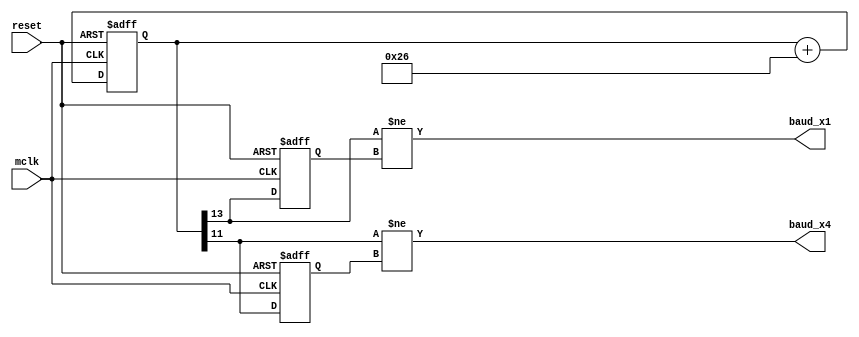
//generates 115200 from master clock
// 16e6/(8192/59) =  115234.37500
// 12e6/(8192/79) =  115722.65625
// 25e6/(8192/38) =  115966.79
module uart_clk(mclk, reset, baud_x1, baud_x4);

   input        mclk, reset;
   output       baud_x1, baud_x4;

   reg [13:0]    cnt;//up to 8192*2 + 1 bit overflow
   
   reg prev_x1, prev_x4;
   assign baud_x1 = cnt[13] != prev_x1;
   assign baud_x4 = cnt[11] != prev_x4;
   
   always @(posedge mclk or posedge reset)
   begin
     if (reset) begin
        cnt <= 0;
        prev_x1 <= 0;
        prev_x4 <= 0;
     end
     else begin
  `ifdef SIM
        cnt <= cnt + 38*10; // fast uart clk for sim
  `else
	    cnt <= cnt + 38;
  `endif
        prev_x1 <= cnt[13];
        prev_x4 <= cnt[11];
     end
   end
endmodule

/*
 * Byte transmitter, RS-232 8-N-1
 *
 * Transmits on 'serial'. When 'ready' goes high, we can accept another byte.
 * It should be supplied on 'data' with a pulse on 'data_strobe'.
 */

module uart_tx(
        input mclk,
        input reset,
        input baud_x1,
        output serial,
        output reg ready,
        input [7:0] data,
        input data_strobe
);

   /*
    * Left-to-right shift register.
    * Loaded with data, start bit, and 2 stop bits.
    *
    * The stop bit doubles as a flag to tell us whether data has been
    * loaded; we initialize the whole shift register to zero on reset,
    * and when the register goes zero again, it's ready for more data.
    */
   reg [7+1+2:0]   shiftreg;

   /*
    * Serial output register. This is like an extension of the
    * shift register, but we never load it separately. This gives
    * us one bit period of latency to prepare the next byte.
    *
    * This register is inverted, so we can give it a reset value
    * of zero and still keep the 'serial' output high when idle.
    */
   reg         serial_r;
   assign      serial = !serial_r;

   //assign      ready = (shiftreg == 0);

   /*
    * State machine
    */

   always @(posedge mclk)
     if (reset) begin
        shiftreg <= 0;
        serial_r <= 0;
     end
     else if (data_strobe) begin
        shiftreg <= {
            1'b1, // stop bit
            1'b1, // stop bit
            data,
            1'b0  // start bit (inverted)
         };
         ready <= 0;
     end
     else if (baud_x1) begin
         if (shiftreg == 0)
         begin
            /* Idle state is idle high, serial_r is inverted */
            serial_r <= 0;
            ready <= 1;
         end else
            serial_r <= !shiftreg[0];
            // shift the output register down
            shiftreg <= {1'b0, shiftreg[7+1+1:1]};
    end else
            ready <= (shiftreg == 0);

endmodule


module uart_tx_uint32_bcd(
        input mclk,
        input reset,
        input baud_x1,
        output serial,
        output reg ready,
        input [31:0] data,
        input data_strobe
);

   reg [2:0] digit_num;
   reg [3:0] curr_digit;
   reg [35:0] reg_data;
   reg digit_strobe;
   reg data_strobe_;
   wire digit_ready;

   uart_tx utx ( .mclk(mclk), .reset(reset),
               .baud_x1(baud_x1),
               .serial(serial),
               .ready(digit_ready),
               .data( {4'h3, curr_digit[3:0]}),
               .data_strobe(digit_strobe) );
   
   always @(posedge mclk) begin
      if (reset) begin
         digit_num <= 3'b111;
         digit_strobe <= 0;
         ready <= 1;
      end else begin
         if (baud_x1) begin
            if (ready && digit_ready && data_strobe && !data_strobe_) begin
               ready <= 0;
               digit_num <= 3'b111;
               reg_data <= {data, 4'hb};
               digit_strobe <= 1; // send digit
            end else if (!ready && digit_ready) begin
               if (digit_num==3'b000) begin
                  digit_num <= 3'b111;
                  ready <= 1;  // seq finished
               end else begin
                  digit_num <= digit_num - 1;
                  digit_strobe <= 1; // send digit
               end
            end else begin
               digit_strobe <= 0;
            end
         end 
         curr_digit <= reg_data[(digit_num * 4) +:4];
      end
      data_strobe_ <= data_strobe;
   end

endmodule

/*
 * Byte receiver, RS-232 8-N-1
 *
 * Receives on 'serial'. When a properly framed byte is
 * received, 'data_strobe' pulses while the byte is on 'data'.
 *
 * Error bytes are ignored.
 */

module uart_rx(mclk, reset, baud_x4,
                      serial, data, data_strobe);

   input        mclk, reset, baud_x4, serial;
   output [7:0] data;
   output       data_strobe;

   /*
    * Synchronize the serial input to this clock domain
    */
   wire         serial_sync;
   d_flipflop_pair input_dff(mclk, reset, serial, serial_sync);

   /*
    * State machine: Four clocks per bit, 10 total bits.
    */
   reg [8:0]    shiftreg;
   reg [5:0]    state;
   reg          data_strobe;
   wire [3:0]   bit_count = state[5:2];
   wire [1:0]   bit_phase = state[1:0];

   wire         sampling_phase = (bit_phase == 1);
   wire         start_bit = (bit_count == 0 && sampling_phase);
   wire         stop_bit = (bit_count == 9 && sampling_phase);

   wire         waiting_for_start = (state == 0 && serial_sync == 1);

   wire         error = ( (start_bit && serial_sync == 1) ||
                          (stop_bit && serial_sync == 0) );

   assign       data = shiftreg[7:0];

   always @(posedge mclk or posedge reset)
     if (reset) begin
        state <= 0;
        data_strobe <= 0;
     end
     else if (baud_x4) begin

        if (waiting_for_start || error || stop_bit)
          state <= 0;
        else
          state <= state + 1;

        if (bit_phase == 1)
          shiftreg <= { serial_sync, shiftreg[8:1] };

        data_strobe <= stop_bit && !error;

     end
     else begin
        data_strobe <= 0;
     end

endmodule


/************************************************************************
 *
 * Random utility modules.
 *
 * Micah Dowty <micah@navi.cx>
 *
 ************************************************************************/


module d_flipflop(clk, reset, d_in, d_out);
   input clk, reset, d_in;
   output d_out;

   reg    d_out;

   always @(posedge clk or posedge reset)
     if (reset) begin
         d_out   <= 0;
     end
     else begin
         d_out   <= d_in;
     end
endmodule


module d_flipflop_pair(clk, reset, d_in, d_out);
   input  clk, reset, d_in;
   output d_out;
   wire   intermediate;

   d_flipflop dff1(clk, reset, d_in, intermediate);
   d_flipflop dff2(clk, reset, intermediate, d_out);
endmodule